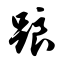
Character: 踉